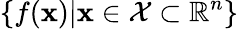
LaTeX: \{ f(\textbf{x})|\textbf{x}\in\mathcal{X}\subset\mathbb{R}^{n}\}